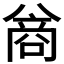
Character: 𪞊